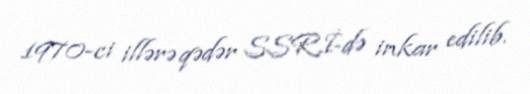
1970-ci illərə qədər SSRİ-də inkar edilib.